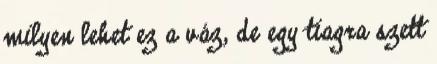
milyen lehet ez a váz, de egy tiagra szett